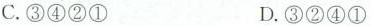
C.③④②① D.③②④①